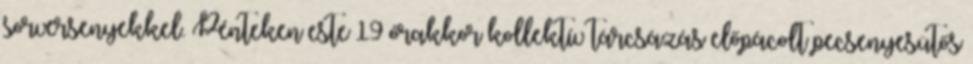
sorversenyekkel. Pénteken este 19 órakkor kollektív tárcsázás előpácolt pecsenyesütős